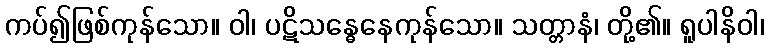
ကပ်၍ဖြစ်ကုန်သော။ ဝါ၊ ပဋိသန္ဓေနေကုန်သော။ သတ္တာနံ၊ တို့၏။ ရူပါနိဝါ၊